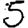
Digit: 5